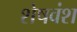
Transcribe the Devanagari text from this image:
शेषवंश